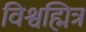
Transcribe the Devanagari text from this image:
विश्वह्मित्र